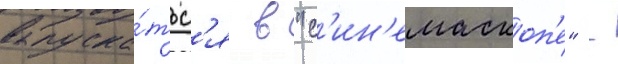
выпуска́тьс'я в "с'ин'емаскоп'е" -